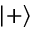
| + \rangle